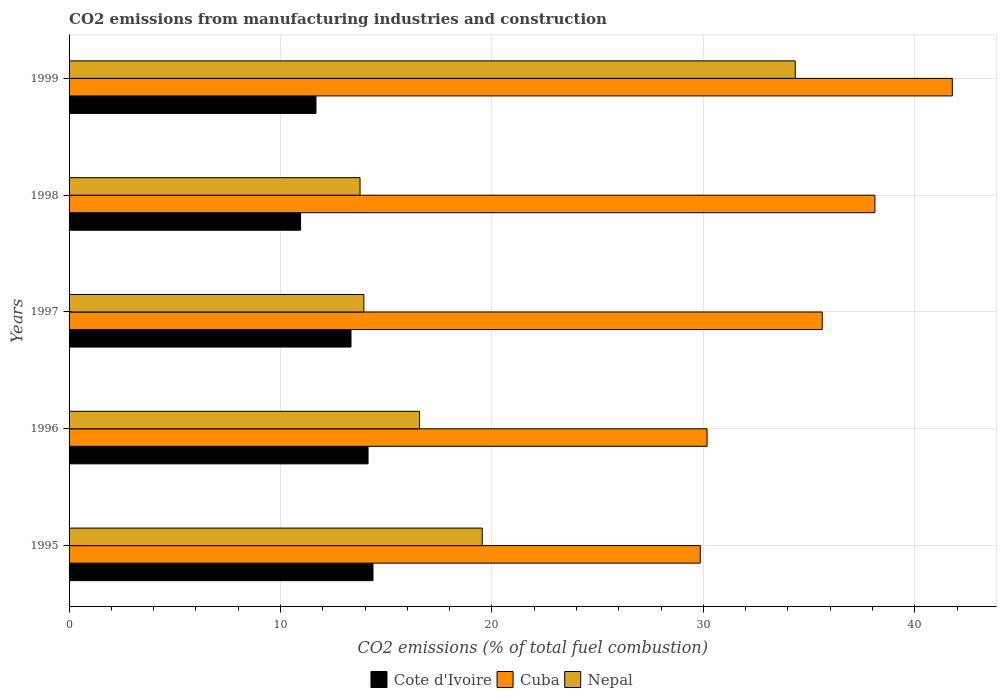
| Years | Cote d'Ivoire | Cuba | Nepal |
 | --- | --- | --- | --- |
 | 1995 | 14.4 | 29.9 | 19.5 |
 | 1996 | 14.1 | 30.2 | 16.6 |
 | 1997 | 13.3 | 35.6 | 13.9 |
 | 1998 | 11 | 38.1 | 13.8 |
 | 1999 | 11.7 | 41.8 | 34.3 |